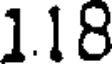
1.18